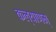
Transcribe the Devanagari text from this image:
कल्‍याणम्